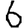
Digit: 6